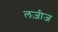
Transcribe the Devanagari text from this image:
लज़ीज